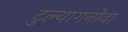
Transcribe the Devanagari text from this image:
टुल्यागनोवा